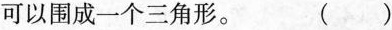
可以围成一个三角形。( )